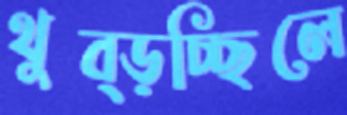
থুব্‌ড়চ্ছিলে